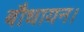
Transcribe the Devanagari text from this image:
बौधायन।